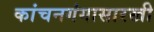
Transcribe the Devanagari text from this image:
कांचनगंगासारखी